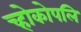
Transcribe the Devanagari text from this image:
च्होकोपलि